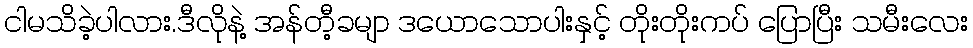
ငါမသိခဲ့ပါလား.ဒီလိုနဲ့ အန်တီ့ခမျာ ဒယောသောပါးနှင့် တိုးတိုးကပ် ပြောပြီး သမီးလေး